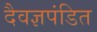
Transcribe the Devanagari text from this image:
दैवज्ञपंडित